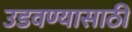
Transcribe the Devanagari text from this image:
उडवण्यासाठी